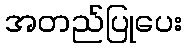
အတည်ပြုပေး